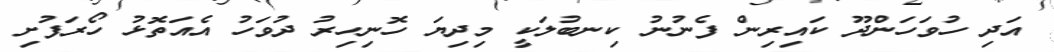
އަދި ހުވަހަންދޫ ކައިރިން ފެނުނު ކިނބުލަކީ މިދިޔަ ހޮނިހިރު ދުވަހު އެއަތޮޅު ހޯރަފުށި